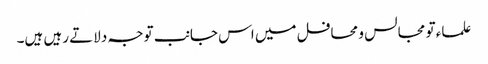
علماء تو مجالس و محافل میں اس جانب توجہ دلاتے رہیں ہیں۔